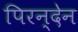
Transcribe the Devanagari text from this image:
पिरन्देन